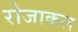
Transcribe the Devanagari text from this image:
रोजाकल